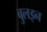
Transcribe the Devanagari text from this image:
बुलइन